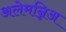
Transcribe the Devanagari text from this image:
अलेमन्निअ